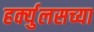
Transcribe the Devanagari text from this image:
हर्क्युलसच्या